Annual report on the lock hospitals of the Madras Presidency
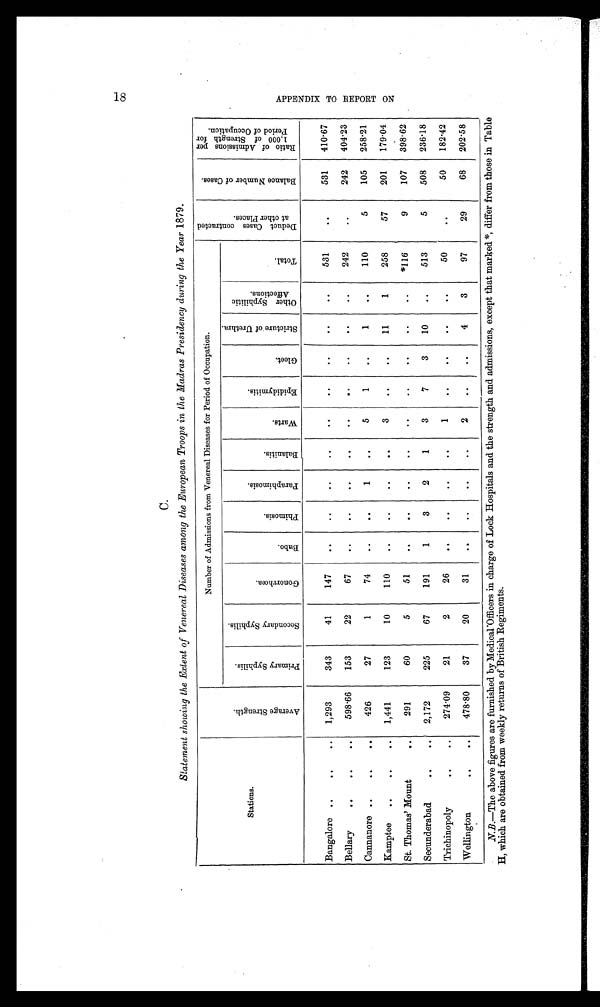
C.
Statement showing the Extent of Venereal Diseases among the European Troops in the Madras Presidency during the Year 1879.
Number of Admissions from Venereal Diseases for Period of Occupation.
D e d u c t C l a s e s c o n t r a c t e d a t o t h e r P l a c e s .
B a l a n c e N u m b e r o f C l a s e s .
R a t i o o f A d m i s s i o n s p e r 1 , 0 0 0 o f S t r e n g t h f o r p e r i o d o f O c c u p a t i o n .
Stations.
A v e r a g e S t r e n g t h .
P r i ma r y S y p h i l i s .
S e c o n d a r y S y p h i l i s .
Go n o r r h œa .
B u b o .
P h i m o s i s .
P a r a p h i m o s i s .
B a l a n i t i s .
W a r t s .
E p i d i d y m i t i s .
G l e e t .
S t r i c t u r e o f U r e t h r a .
O t h e r S y p h i l i t i c A f f e c t i o n s .
T o t a l .
Bangalore ..
..
..
1,293
343
41
147
.. ..
..
.. .. .. .. .. ..
531
..
531
410.67
Bellary
.. .. ..
598.66
153
22
67
.. .. .. .. ..
..
..
..
..
242
..
242
404.23
Cannanore .. .. ..
426
27
1
74
.. ..
1
..
5
1
..
1
..
110
5
105
258.21
Kamptee
..
..
..
1,441
123
10
110
.. ..
..
..
3
.. ..
11
1
258
57
201
179.04
St. Thomas' Mount
..
..
291
60
5
51
..
..
.. ..
..
.. .. .. ..
*116
9
107
398.62
Secunderabad
.. ..
2,172
225
67
191
1
3
2
1
3
7
3
10
..
513
5
508
236.18
Trichinopoly
.. ..
274.09
21
2
26
.. ..
..
..
1
.. .. .. ..
50
..
50
182.42
Wellington
.. ..
478.80
37
20
31
..
.. .. ..
2
..
..
4
3
97
29
68
202.58
N. B.—The above figures are furnished by Medical Officers in charge of Lock Hospitals and the strength and admissions, except that marked*, differ from those in Table
H, which are obtained from weekly returns of British Regiments.
18 APPENDIX TO REPORT ON